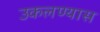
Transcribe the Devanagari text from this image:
उकलण्यास